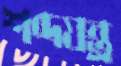
শব্দযন্ত্র